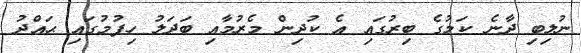
ނުލިބި ދާނެ ކަމުގެ ބިރުގައި އެ ކުދިން މެރުމާއި ބަދަލު ހިފުމުގައި ޙައްދު